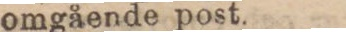
omgående post.